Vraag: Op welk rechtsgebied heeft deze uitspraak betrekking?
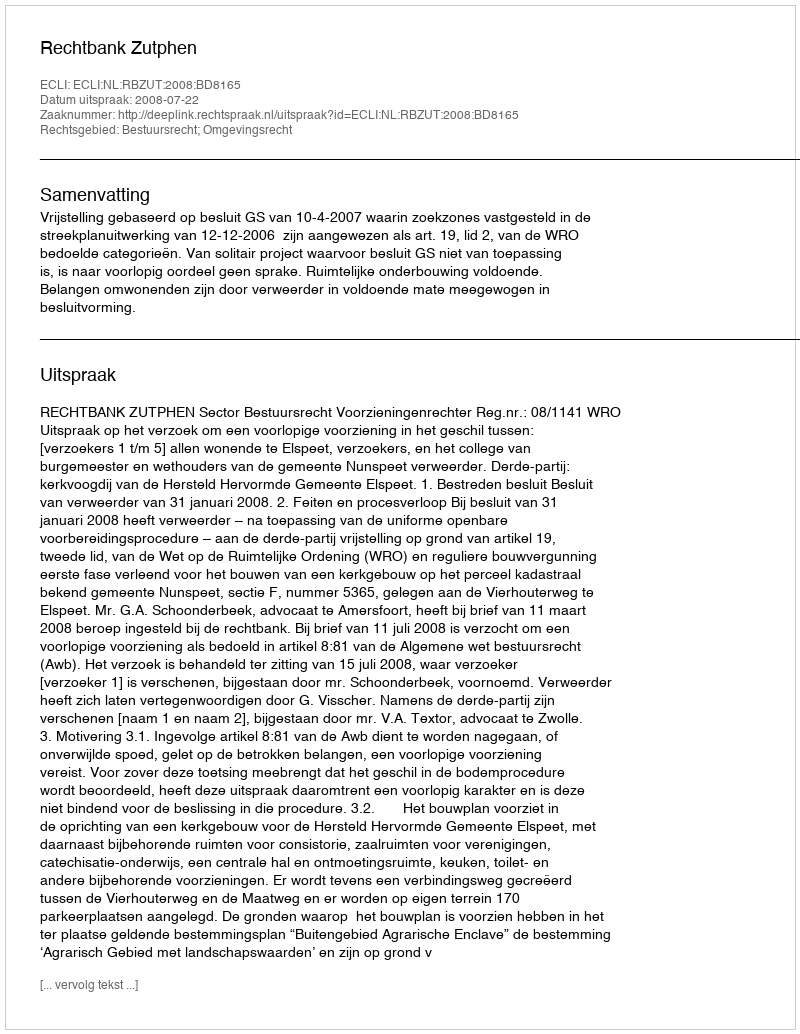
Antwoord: Bestuursrecht; Omgevingsrecht